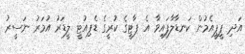
އަދި ޕީޕީއެމުން ކަނޑާލާފައިވާ އެ ޕާޓީގެ ކުރީގެ ޑެޕިއުޓީ ލީޑަރު އުމަރު ނަސީރު